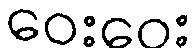
ဝေးဝေး